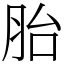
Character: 胎